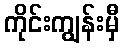
ကိုင်းကျွန်းမှီ